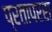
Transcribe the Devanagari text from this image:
प्रतापरस